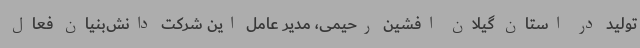
تولید در استان گیلان افشین رحیمی، مدیر عامل این شرکت دانش‌بنیان فعال